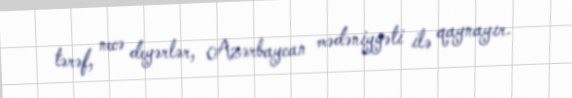
tərəf, necə deyərlər, Azərbaycan mədəniyyəti ilə qaynayır.